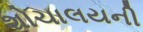
શોચાલયની